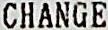
CHANGE